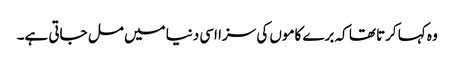
وہ کہا کرتا تھا کہ برے کاموں کی سزا اسی دنیا میں مل جاتی ہے۔